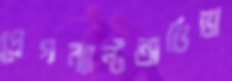
প্রেগন্যান্টঅভিভা